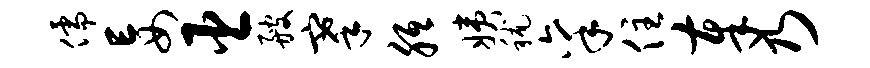
儒妄臣艘搴胝姨秫禀住奉乃